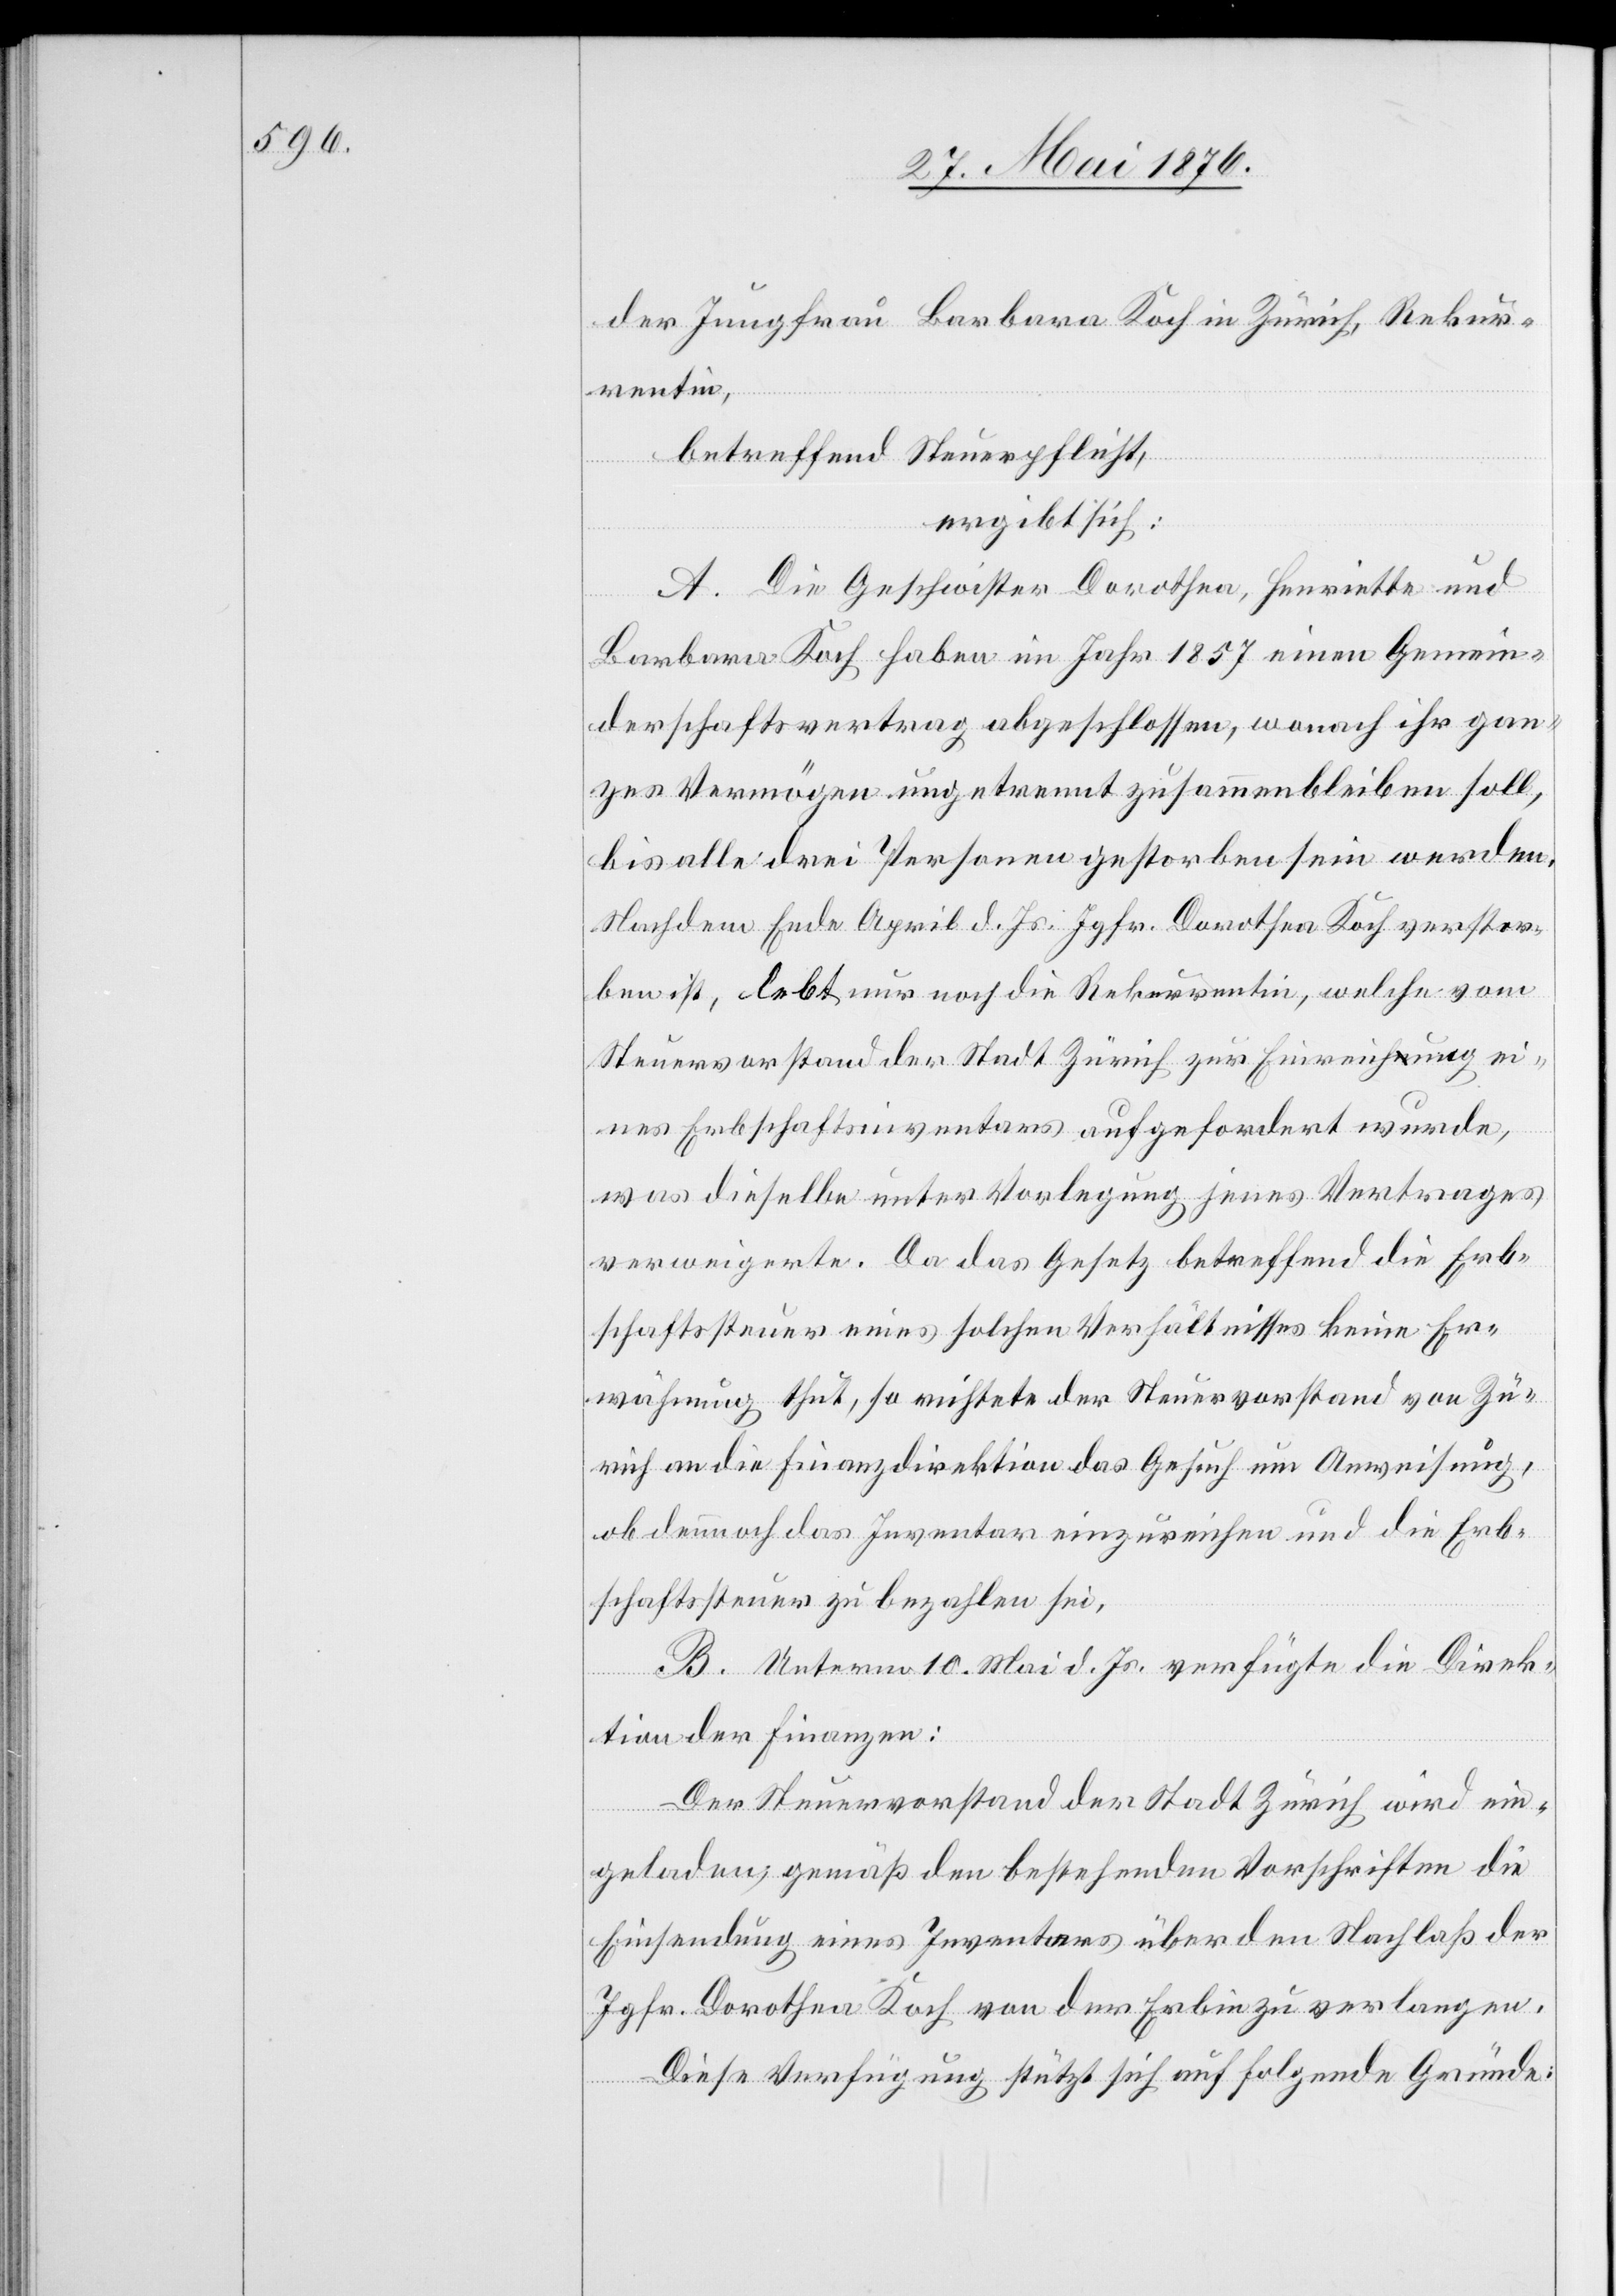
der Jungfrau Barbara Koch in Zürich, Rekur¬
rentin,
betreffend Steuerpflicht,
ergibt sich:
A. Die Geschwister Dorothea, Henriette und
Barbara Koch haben im Jahr 1857 einen Gemein¬
derschaftsvertrag abgeschlossen, wonach ihr gan¬
zes Vermögen ungetrennt zusammenbleiben soll,
bis alle drei Personen gestorben sein werden.
Nachdem Ende April d. Js. Jgfr. Dorothea Koch verstor¬
ben ist, lebt nur noch die Rekurrentin, welche vom
Steuervorstand der Stadt Zürich zu Einreichung ei¬
nes Erbschaftsinventars aufgefordert wurde,
was dieselbe unter Vorlegung jenes Vertrages
verweigerte. Da das Gesetz betreffend die Erb¬
schaftssteuer eines solchen Verhältnisses keine Er¬
wähnung thut, so richtete der Steuervorstand von Zü¬
rich an die Finanzdirektion das Gesuch um Anweisung,
ob dennoch das Inventar einzureichen und die Erb¬
schaftssteuer zu bezahlen sei.
B. Unterm 10. Mai d. Js. verfügte die Direk¬
tion der Finanzen:
Der Steuervorstand der Stadt Zürich wird ein¬
geladen, gemäß den bestehenden Vorschriften die
Einsendung eines Inventars über den Nachlaß der
Jgfr. Dorothea Koch von der Erbin zu verlangen.
Diese Verfügung stützt sich auf folgende Gründe: